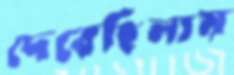
দেবেছিলাম